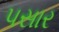
પસાર